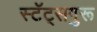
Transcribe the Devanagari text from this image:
स्टॅट्सगुरू